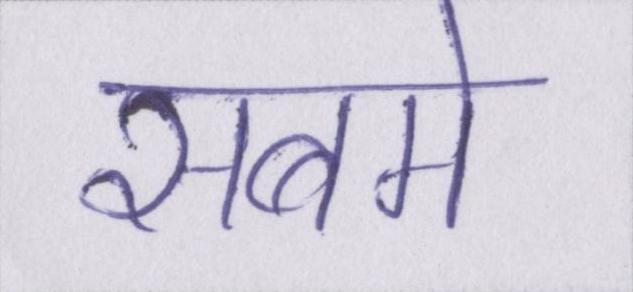
सबमे